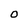
Character: O